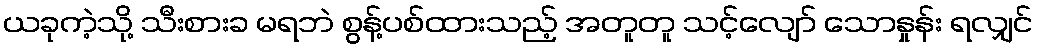
ယခုကဲ့သို့ သီးစားခ မရဘဲ စွန့်ပစ်ထားသည့် အတူတူ သင့်လျော် သောနှုန်း ရလျှင်